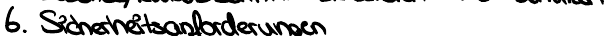
6. Sicherheitsanforderungen